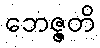
ဘေဇ္ဇတိ